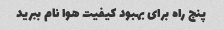
پنج راه برای بهبود کیفیت هوا نام ببرید